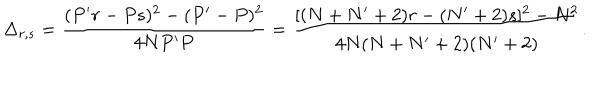
\Delta _ { r , s } = \frac { ( P ^ { \prime } r - P s ) ^ { 2 } - ( P ^ { \prime } - P ) ^ { 2 } } { 4 N P ^ { \prime } P } = \frac { [ ( N + N ^ { \prime } + 2 ) r - ( N ^ { \prime } + 2 ) s ] ^ { 2 } - N ^ { 2 } } { 4 N ( N + N ^ { \prime } + 2 ) ( N ^ { \prime } + 2 ) } .